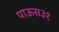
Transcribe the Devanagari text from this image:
पाऊस३१